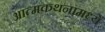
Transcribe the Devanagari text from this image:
आत्मकथनामध्ये